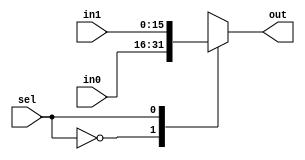
`timescale 1ns / 1ps
//////////////////////////////////////////////////////////////////////////////////
// Company: 
// Engineer: 
// 
// Design Name: 
// Module Name: Euclid_GCD
// Project Name: 
// Target Devices: 
// Tool Versions: 
// Description: 
// 
// Dependencies: 
// 
// Revision:
// Revision 0.01 - File Created
// Additional Comments:
// 
//////////////////////////////////////////////////////////////////////////////////

// Adapted from http://cseweb.ucsd.edu/classes/sp10/cse141L/pdf/02/02-Verilog2.pdf
// The following code is based on the design found in the link above. 
// Initially, an attempt was made to follow the Eulclidean Algorithm as stated 
// in https://www.khanacademy.org/computing/computer-science/cryptography/modarithmetic/a/the-euclidean-algorithm,
// however, with the idea of maintaining a synthesizable design, the implementation of using division '/' and 
// remainder '%' functions would be more complex than the design in the first link stated. Furthermore, 
// reading into synthesizable design guides, it is said that the modulus and division operators should not be used
// in synthesizable design because it may have trouble/cause issues with synthesis. 

// Euclid's Algorithm to find Greatest Common Divisor between two integers.
// Leaf modules with logic that will be instantiated 
// through the Datapath_Unit 

// 2-input Multiplexer to be used for B input reg.
module Mux2in#( parameter W = 16 )  
    ( in0,
      in1,
      sel,
      out
    );
    
    input  [W-1:0] in0;
    input  [W-1:0] in1;
    input  sel;
    output [W-1:0] out;
    
    reg [W-1:0] out;
    
    always @( * )
      begin
        case ( sel )
          0: out = in0;
          1: out = in1;
        endcase
      end
    
endmodule

// 3 input Multiplexer to be used for A input reg
module Mux3in#( parameter W = 16 )
    ( in0,
      in1,
      in2,
      sel,
      out    
    );
    
    input  [W-1:0] in0;
    input  [W-1:0] in1;
    input  [W-1:0] in2;
    input  [1:0]   sel;
    output [W-1:0] out;
    
    reg [W-1:0] out;
    
    always @( * )
     begin
       casex ( sel )
         2'b00:  out = in0;
         2'b01:  out = in1;
         2'b10:  out = in2;
         default: out = 2'bXX;
       endcase
     end
       
endmodule

// Flip Flop with enable pin to be instantiated 
// for A and B inputs.
module ED_FF#( parameter W = 16 )
    ( clk,
      en,
      d,
      q
    );
    
    input  clk;
    input  en;
    input  [W-1:0] d;
    output [W-1:0] q;
    
    reg [W-1:0] q;
    
    always @( posedge clk )
      begin
        if ( en )
          q <= d;
      end

endmodule

// Comparator to check if B input is equal to zero.
module EQ_zero#( parameter W = 16 )
    ( in0,
      in1,
      out
    );
    
    input  [W-1:0] in0;
    input  [W-1:0] in1;
    output out;

    assign out = ( in0==in1 );
    
endmodule

// If input A is less than B, output high
// to enable logic in non-leaf modules.
module Less_than#( parameter W = 16 )
    ( in0,
      in1,
      out
    );
    
    input  [W-1:0] in0;
    input  [W-1:0] in1;
    output out;
    
    assign out = ( in0 < in1 );
    
endmodule

// Subtractin input A - input B
module Subtractor#( parameter W =16 )
    (
      in0,
      in1,
      out
    );
     
    input  [W-1:0] in0;
    input  [W-1:0] in1;
    output [W-1:0] out; 
    
    assign out = in0 - in1;
     
endmodule    

// Non-leaf modules
// Datapath Unit to instantiate together submodules. 
module Datapath_Unit#( parameter W = 16 )
    ( clk,
      operand_A,
      operand_B,
      result_data,
      A_en,
      B_en,
      A_mux_sel,
      B_mux_sel,
      B_zero,
      A_lt_B
    );
            
    input clk;
    
    // Data signals
    input   [W-1:0] operand_A;
    input   [W-1:0] operand_B;
    output  [W-1:0] result_data;
    
    // Control signals (ctrl -> dpath)
    input        A_en;
    input        B_en;
    input  [1:0] A_mux_sel;
    input        B_mux_sel;
    
    // Control signals (dpath -> ctrl)
    output B_zero;
    output A_lt_B;
    
    wire [W-1:0] B;
    wire [W-1:0] A_mux_out; 
    wire [W-1:0] sub_out;
    
    Mux3in#(W) A_mux ( .in0 ( operand_A ),
                       .in1 ( sub_out   ),
                       .in2 ( B         ),
                       .sel ( A_mux_sel ),
                       .out ( A_mux_out ) 
                     ); 
    
    wire [W-1:0] A;
    
    ED_FF#(W) A_ff   ( .clk ( clk       ),
                       .en  ( A_en      ),
                       .d   ( A_mux_out ), 
                       .q   ( A         ) 
                     );
    
    wire [W-1:0] B_mux_out;
    
    Mux2in#(W) B_mux ( .in0 ( operand_B ), 
                       .in1 ( A         ), 
                       .sel ( B_mux_sel ),
                       .out ( B_mux_out ) 
                     );
                        
    ED_FF#(W) B_ff   ( .clk ( clk       ),
                       .en  ( B_en      ),
                       .d   ( B_mux_out ),
                       .q   ( B         )
                     );
    
    EQ_zero#(W) B_EQ_0 ( .in0( B ), .in1( 16'd0 ), .out( B_zero ) );
    Less_than#(W) lt   ( .in0( A ), .in1( B ), .out( A_lt_B )  );
    Subtractor#(W) sub ( .in0( A ), .in1( B ), .out( sub_out ) );    
    
    assign result_data = A; 
    
endmodule


module Control_Unit#( parameter W = 16 )
    ( clk,
      reset,
      A_en,
      B_en,
      A_mux_sel,
      B_mux_sel,
      B_zero,
      A_lt_B,
      input_available,
      result_rdy,
      result_taken,
      state,
      nstate
    );
        
    input  clk;
    input  reset;
    
    // Data signals
    output input_available;
    output result_taken;
    output result_rdy;
    
    // Control signals (dpath -> ctrl)
    input  B_zero;
    input  A_lt_B;
    
    // Control signals (ctrl -> dpath)
    output       A_en;
    output       B_en;
    output [1:0] A_mux_sel;
    output       B_mux_sel;
    
    // state and next state registers
    // state and nstate outputs specified 
    // purely for display purposes in the simulation 
    output [1:0] state;      
    output [1:0] nstate;
    
    reg [1:0] state;
    reg [1:0] nstate;
   
    // reset and update state
    always @( posedge clk or posedge reset )
      begin
        if ( reset )
          begin
            state  <= 2'b00;
            nstate <= 2'b00;
          end
        else 
          state <= nstate; 
      end
      
    // calculating the next state 
    always @(*)
      begin   
        nstate = state;     // Default state stays the same. This allows calculation to continue unitl completion. 
        case ( state ) 
          2'b00: if ( !reset )         // Reset state created for a cleaner design
                   nstate = 2'b01;     // and to prevent next states from occuring too
                                       // quickly.
          2'b01: if ( input_available )// State1 acts as an idle state when operation 
                   nstate = 2'b10;     // begins when input_available == 1.
          
          2'b10: if ( B_zero )         // State2 begins the calculation of the GCD. 
                   nstate = 2'b11;
                             
          2'b11: if ( result_taken )   // State3 notifies of completion of calculation.
                   nstate = 2'b01;
         
          default: nstate = state;
        endcase 
      end  
        
    //output is sent to next state logic
    assign result_taken = result_rdy;    
    
    wire result_taken;
    
    reg [1:0] A_mux_sel;
    reg A_en;
    reg B_mux_sel;
    reg B_en;
    reg result_rdy;
    reg input_available;
    
    // output 
    always @(*)
      begin
        // Default values.
        A_mux_sel       = 2'bXX; 
        A_en            = 1'b0;  
        B_mux_sel       = 1'bX;  
        B_en            = 1'b0;
        input_available = 1'b0;  
        result_rdy      = 1'b0;  
       
        casex ( state ) 
          2'b01: begin
                   A_mux_sel       = 2'b00; // Take in operand_A
                   A_en            = 1'b1;  
                   B_mux_sel       = 1'b0;  // Take in operand_B
                   B_en            = 1'b1;  
                   input_available = 1'b1;  // Trigger next state
                 end
          
          2'b10: begin
                   if ( A_lt_B )
                     begin
                       A_mux_sel = 2'b10; // Swap function. Select B as Mux_A input
                       A_en      = 1'b1;  // Enable A register
                       B_mux_sel = 1'b1;  // Select A as Mux_B input
                       B_en      = 1'b1;  // Enable B register
                     end
                   else if ( !B_zero )
                     begin 
                       A_mux_sel = 2'b01; //sub_out into Mux_A input
                       A_en      = 1'b1; 
                     end
                 end 
          
          2'b11: begin
                   result_rdy = 1'b1;     // assign result_taken = result_rdy;
                 end                      // restarts back at State1.
                 
          default: begin
                     A_mux_sel       = 2'bXX; 
                     A_en            = 1'b0;  
                     B_mux_sel       = 1'bX;  
                     B_en            = 1'b0;  
                     input_available = 1'b0;  
                     result_rdy      = 1'b0;  
                   end
        endcase 
      end  
         
endmodule


module Euclid_GCD#( parameter W = 16 )
    ( clk,
      reset,
      operand_A,
      operand_B,
      result_data,
      input_available,
      result_rdy,
      result_taken,
      state,
      nstate
    );  
    
    input clk;
    
    // Data signals
    input  [W-1:0] operand_A;
    input  [W-1:0] operand_B;
    output [W-1:0] result_data;
    
    // Control signals
    input  reset;
    
    output input_available;
    output result_taken;
    output result_rdy;
    
    output [1:0] state;
    output [1:0] nstate;
    
    wire       A_en;
    wire       B_en;
    wire [1:0] A_mux_sel;
    wire       B_mux_sel;
    wire       B_zero;
    wire       A_lt_B;
    
    Datapath_Unit#(W) datapath ( .clk         ( clk ),
                                 .operand_A   ( operand_A ),
                                 .operand_B   ( operand_B ),
                                 .result_data ( result_data ),
                                 .A_en        ( A_en ),
                                 .B_en        ( B_en ),
                                 .A_mux_sel   ( A_mux_sel ),
                                 .B_mux_sel   ( B_mux_sel ),
                                 .B_zero      ( B_zero ),
                                 .A_lt_B      ( A_lt_B )
                               );  
   
    Control_Unit#(W) control ( .clk             ( clk   ),
                               .reset           ( reset ),
                               .A_en            ( A_en  ),
                               .B_en            ( B_en  ),
                               .A_mux_sel       ( A_mux_sel ),
                               .B_mux_sel       ( B_mux_sel ),
                               .B_zero          ( B_zero ),
                               .A_lt_B          ( A_lt_B ),
                               .input_available ( input_available ),
                               .result_rdy      ( result_rdy   ),
                               .result_taken    ( result_taken ),
                               .state           ( state  ),
                               .nstate          ( nstate )
                             );                      
    
endmodule